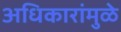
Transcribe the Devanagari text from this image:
अधिकारांमुळे